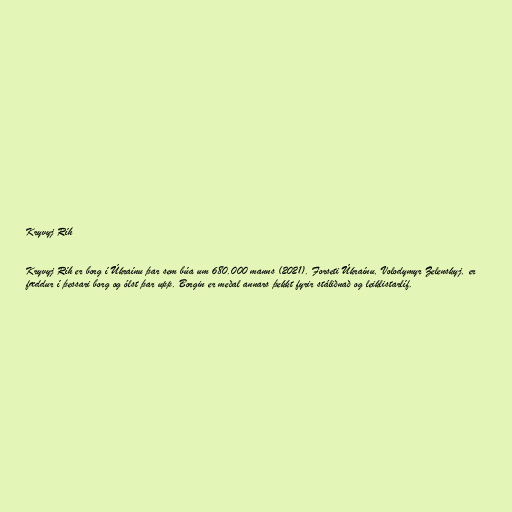
Kryvyj Ríh

Kryvyj Ríh er borg í Úkraínu þar sem búa um 680.000 manns (2021). Forseti Úkraínu, Volodymyr Zelenskyj, er
fæddur í þessari borg og ólst þar upp. Borgin er meðal annars þekkt fyrir stáliðnað og leiklistarlíf.